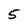
Character: 5